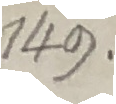
140